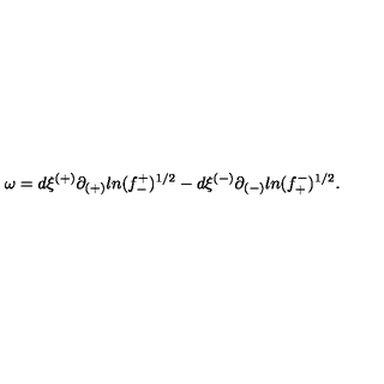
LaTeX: \omega = d \xi ^ { ( + ) } \partial _ { ( + ) } l n ( f _ { - } ^ { + } ) ^ { 1 / 2 } - d \xi ^ { ( - ) } \partial _ { ( - ) } l n ( f _ { + } ^ { - } ) ^ { 1 / 2 } .